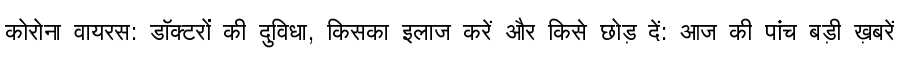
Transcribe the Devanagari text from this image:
कोरोना वायरस: डॉक्टरों की दुविधा, किसका इलाज करें और किसे छोड़ दें: आज की पांच बड़ी ख़बरें